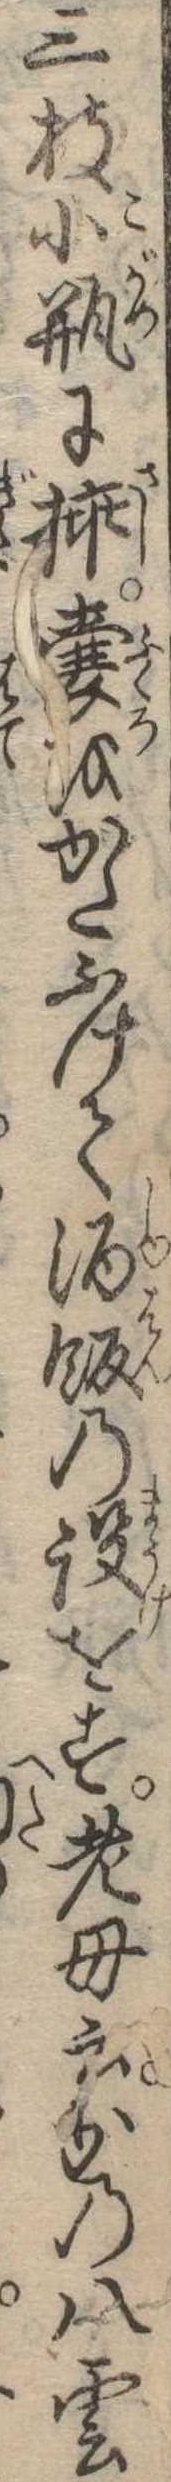
三枝小瓶に挿嚢をかたふけて酒飯の設をす老母云かの八雲